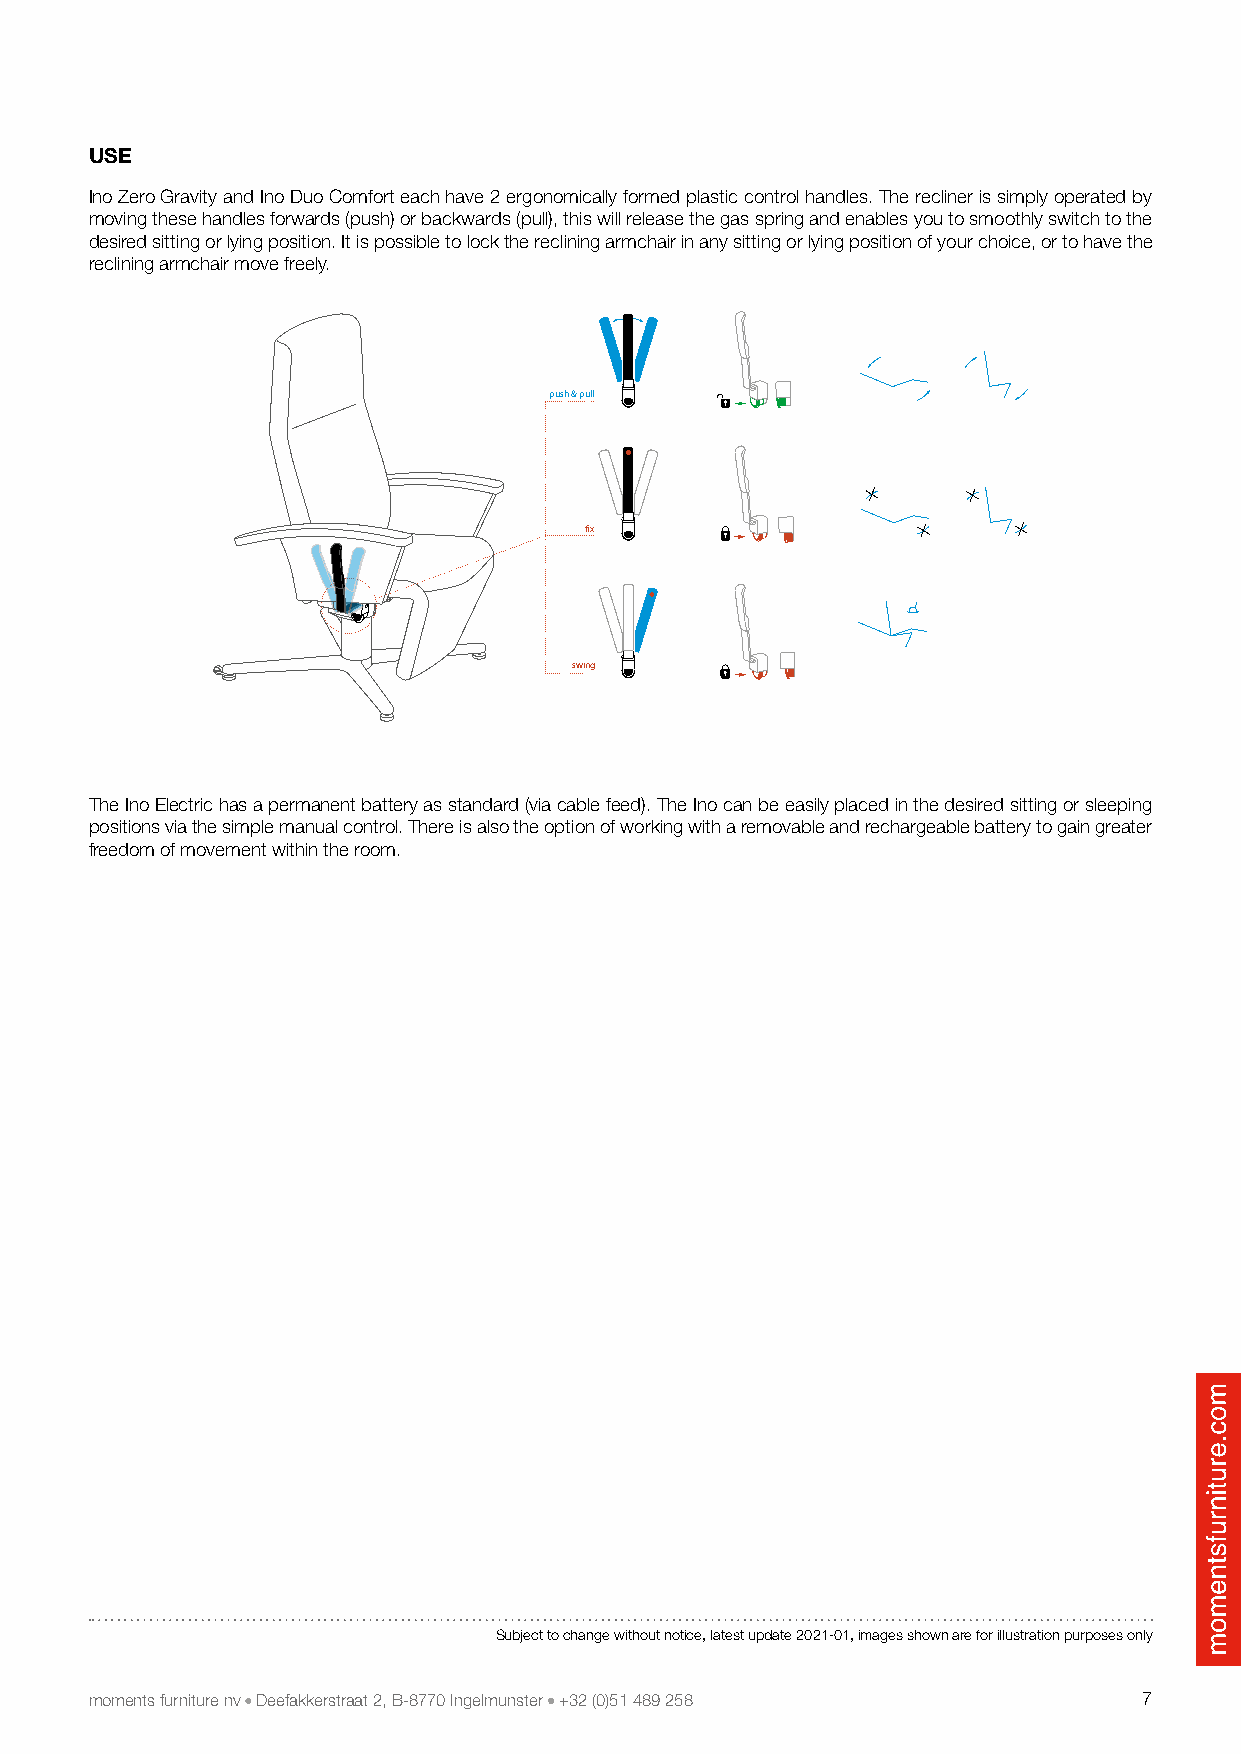
USE
 Ino Zero Gravity and Ino Duo Comfort each have 2 ergonomically formed plastic control handles. The recliner is simply operated by
 moving these handles forwards (push) or backwards (pull), this will release the gas spring and enables you to smoothly switch to the
 desired sitting or lying position. It is possible to lock the reclining armchair in any sitting or lying position of your choice, or to have the
 reclining armchair move freely.
 push & pull
 fix
 swing
 The Ino Electric has a permanent battery as standard (via cable feed). The Ino can be easily placed in the desired sitting or sleeping
 positions via the simple manual control. There is also the option of working with a removable and rechargeable battery to gain greater
 freedom of movement within the room.
 Subject to change without notice, latest update 2021-01, images shown are for illustration purposes only
 moments furniture nv Deefakkerstraat 2, B-8770 Ingelmunster +32 (0)51 489 258 7